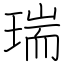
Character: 瑞